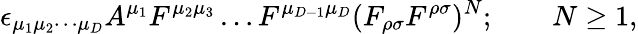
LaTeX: \epsilon_{\mu_{1}\mu_{2}\cdots\mu_{D}}A^{\mu_{1}}F^{\mu_{2}\mu_{3}}\ldots F^{\mu_{D-1}\mu_{D}}(F_{\rho\sigma}F^{\rho\sigma})^{N};\qquad N\geq 1,